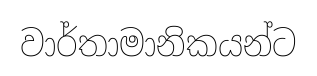
වාර්තාමානිකයන්ට